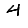
Digit: 4